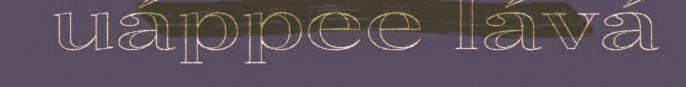
uáppee lává